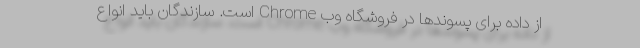
از داده برای پسوندها در فروشگاه وب Chrome است. سازندگان باید انواع